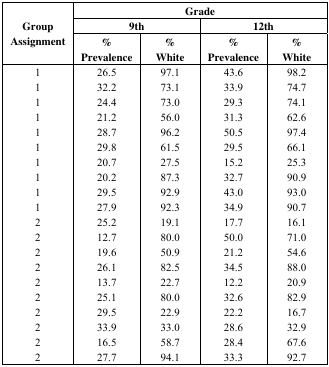
| <ROWSPAN=3> Group Assignment | <COLSPAN=4> Grade |
 | <COLSPAN=2> 9th | <COLSPAN=2> 12th |
 | % Prevalence | % White | % Prevalence | % White |
 | --- | --- | --- | --- | --- |
 | 1 | 26.5 | 97.1 | 43.6 | 98.2 |
 | 1 | 32.2 | 73.1 | 33.9 | 74.7 |
 | 1 | 24.4 | 73.0 | 29.3 | 74.1 |
 | 1 | 21.2 | 56.0 | 31.3 | 62.6 |
 | 1 | 28.7 | 96.2 | 50.5 | 97.4 |
 | 1 | 29.8 | 61.5 | 29.5 | 66.1 |
 | 1 | 20.7 | 27.5 | 15.2 | 25.3 |
 | 1 | 20.2 | 87.3 | 32.7 | 90.9 |
 | 1 | 29.5 | 92.9 | 43.0 | 93.0 |
 | 1 | 27.9 | 92.3 | 34.9 | 90.7 |
 | 2 | 25.2 | 19.1 | 17.7 | 16.1 |
 | 2 | 12.7 | 80.0 | 50.0 | 71.0 |
 | 2 | 19.6 | 50.9 | 21.2 | 54.6 |
 | 2 | 26.1 | 82.5 | 34.5 | 88.0 |
 | 2 | 13.7 | 22.7 | 12.2 | 20.9 |
 | 2 | 25.1 | 80.0 | 32.6 | 82.9 |
 | 2 | 29.5 | 22.9 | 22.2 | 16.7 |
 | 2 | 33.9 | 33.0 | 28.6 | 32.9 |
 | 2 | 16.5 | 58.7 | 28.4 | 67.6 |
 | 2 | 27.7 | 94.1 | 33.3 | 92.7 |